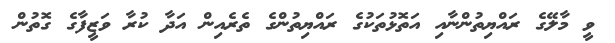
ވީ މާލޭގެ ރައްޔިތުންނާއި އަތޮޅުތަކުގެ ރައްޔިތުންގެ ތެރެއިން އަދާ ކުރާ ވަޒީފާގެ ގޮތުން